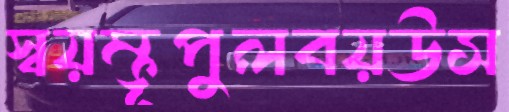
স্বয়ম্ভূপুলবয়উস